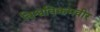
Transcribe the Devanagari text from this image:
विश्वविक्रमवीर